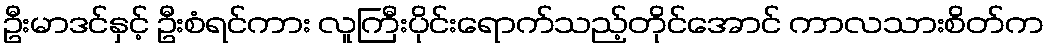
ဦးမာဒင်နှင့် ဦးစံရင်ကား လူကြီးပိုင်းရောက်သည့်တိုင်အောင် ကာလသားစိတ်က